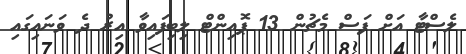
ލެސްޓާ އަށް ފަސް މެޗުން 13 ޕޮއިންޓް ލިބިފައިވާ އިރު ދެ ވަނައިގައި